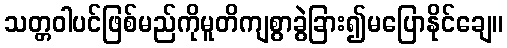
သတ္တဝါပင်ဖြစ်မည်ကိုမူတိကျစွာခွဲခြား၍မပြောနိုင်ချေ။